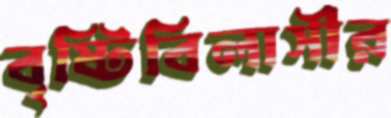
বৃষ্টিবিলাসীর